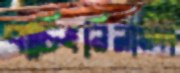
বাচিংনিলামদা